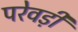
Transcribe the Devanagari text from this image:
परेवड़ी